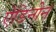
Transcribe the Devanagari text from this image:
ऐडिनीन